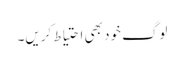
لوگ خود بھی احتیاط کریں۔